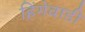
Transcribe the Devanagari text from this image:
हिंगेवाडी